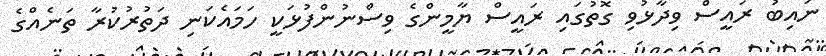
ނައިބު ރައީސް ވިދާޅުވި ގޮތުގައި ރައީސް ޔާމީންގެ ވިސްނުންފުޅަކީ ހަމައެކަނި ދަތުރުކުރާ ތަނެއްގެ